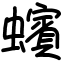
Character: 蠙